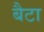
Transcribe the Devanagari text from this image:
बैटा